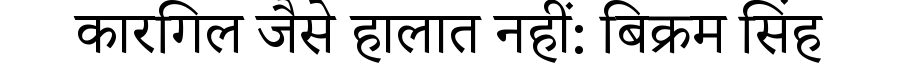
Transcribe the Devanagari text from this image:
कारगिल जैसे हालात नहीं: बिक्रम सिंह